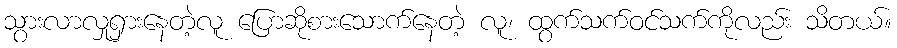
သွားလာလှုရှားနေတဲ့လူ ပြောဆိုစားသောက်နေတဲ့ လူ၊ ထွက်သက်ဝင်သက်ကိုလည်း သိတယ်။